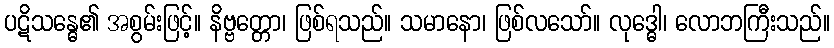
ပဋိသန္ဓေ၏ အစွမ်းဖြင့်။ နိဗ္ဗတ္တော၊ ဖြစ်ရသည်။ သမာနော၊ ဖြစ်လသော်။ လုဒ္ဓေါ၊ လောဘကြီးသည်။